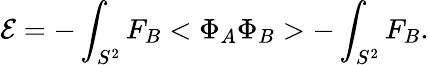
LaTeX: {\cal E}=-\int_{S^{2}}F_{B}<\Phi_{A}\Phi_{B}>-\int_{S^{2}}F_{B}.